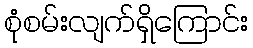
စုံစမ်းလျက်ရှိကြောင်း